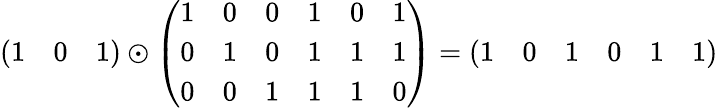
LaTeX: {\left(\begin{array}{lll}{1}&{0}&{1}\end{array}\right)}\odot{\left(\begin{array}{llllll}{1}&{0}&{0}&{1}&{0}&{1}\\ {0}&{1}&{0}&{1}&{1}&{1}\\ {0}&{0}&{1}&{1}&{1}&{0}\end{array}\right)}={\left(\begin{array}{llllll}{1}&{0}&{1}&{0}&{1}&{1}\end{array}\right)}